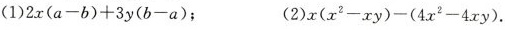
(1)$$2 x ( a - b ) + 3 y ( b - a )$$； (2)$$x ( x ^ { 2 } - x y) - ( 4 x ^ { 2 } - 4 x y )$$.